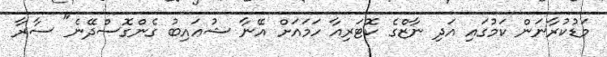
މަޑުކުރާނަން ކަމުގައި އަދި ނާޒްގެ ކޮޓަރިއާ ހަމައަށް އޭނާ ޝުޢައިބު ގެންގޮސްދޭނެ" ސާރާ